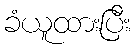
ခံယူထားပြီး